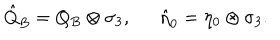
{ \hat { Q } } _ { B } = Q _ { B } \otimes \sigma _ { 3 } , \, \, \, \, \, \, \, \, \, { \hat { \eta } } _ { 0 } = \eta _ { 0 } \otimes \sigma _ { 3 } .